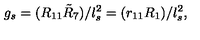
g _ { s } = ( R _ { 1 1 } \tilde { R } _ { 7 } ) / l _ { s } ^ { 2 } = ( r _ { 1 1 } R _ { 1 } ) / l _ { s } ^ { 2 } ,